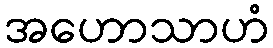
အဟောသာဟံ